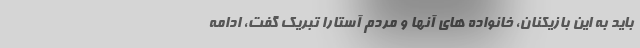
باید به این بازیکنان، خانواده های آنها و مردم آستارا تبریک گفت، ادامه